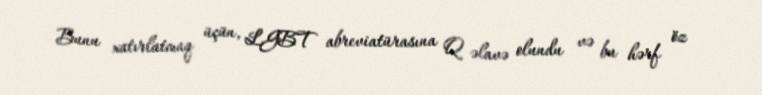
Bunu xatırlatmaq üçün, LGBT abreviatürasına Q əlavə olundu və bu hərf öz